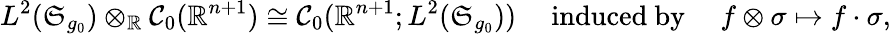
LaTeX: L^{2}(\mathfrak{S}_{g_{0}})\otimes_{\mathord{\mathbb{R}}}\mathcal{C}_{0}(\mathord{\mathbb{R}}^{n+1})\cong\mathcal{C}_{0}(\mathord{\mathbb{R}}^{n+1};L^{2}(\mathfrak{S}_{g_{0}}))\quad\mathrm{~induced~by~}\quad f\otimes\sigma\mapsto f\cdot\sigma,